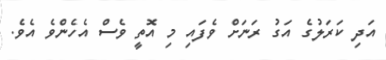
އަދި ކަރަލުގެ އަގު ރަނަށް ވެފައި މި އޮތީ ވެސް އެހެންވެ އެވެ.